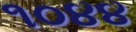
૧૦૪૪